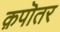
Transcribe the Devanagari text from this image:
क़पॊतर